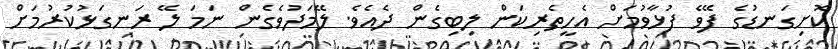
ކޮށިގަނޑުގެ ފޭވެ ފުޅާވުމަށް އެހީތެރިކަން ލިބިގެން ދެއެވެ. ލޭމަދުވެގެން ނަމަ ލޭ ރަނގަޅުކުރުމަށް